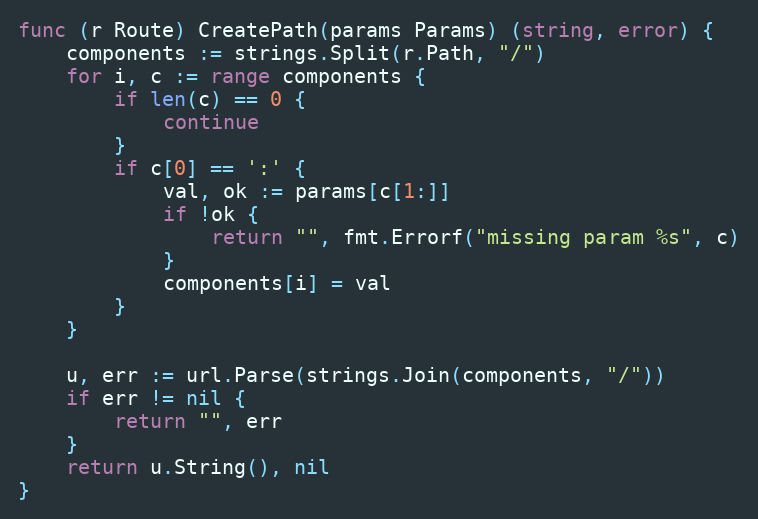
Language: Go
func (r Route) CreatePath(params Params) (string, error) {
	components := strings.Split(r.Path, "/")
	for i, c := range components {
		if len(c) == 0 {
			continue
		}
		if c[0] == ':' {
			val, ok := params[c[1:]]
			if !ok {
				return "", fmt.Errorf("missing param %s", c)
			}
			components[i] = val
		}
	}

	u, err := url.Parse(strings.Join(components, "/"))
	if err != nil {
		return "", err
	}
	return u.String(), nil
}